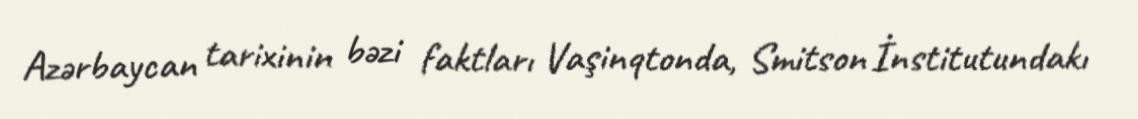
Azərbaycan tarixinin bəzi faktları Vaşinqtonda, Smitson İnstitutundakı